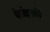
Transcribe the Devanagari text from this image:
बेरजेइतकी